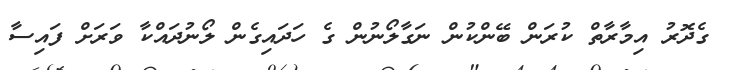
ގެދޮރު އިމާރާތް ކުރަން ބޭންކުން ނަގާލޯނުން ގެ ހަދައިގެން ލޯނުދައްކާ ވަރަށް ފައިސާ